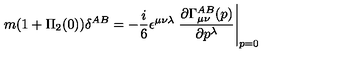
m ( 1 + \Pi _ { 2 } ( 0 ) ) \delta ^ { A B } = - { \frac { i } { 6 } } \epsilon ^ { \mu \nu \lambda } \left. { \frac { \partial \Gamma _ { \mu \nu } ^ { A B } ( p ) } { \partial p ^ { \lambda } } } \right| _ { p = 0 }